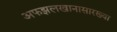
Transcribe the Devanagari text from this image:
अफझलखानासारख्या